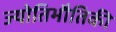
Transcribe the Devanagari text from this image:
ज्योतिभौतिकी